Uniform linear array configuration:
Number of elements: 24
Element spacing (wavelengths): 1
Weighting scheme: hann
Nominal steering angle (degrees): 0
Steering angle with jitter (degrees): -1.256
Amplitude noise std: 0.05
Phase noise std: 0.05

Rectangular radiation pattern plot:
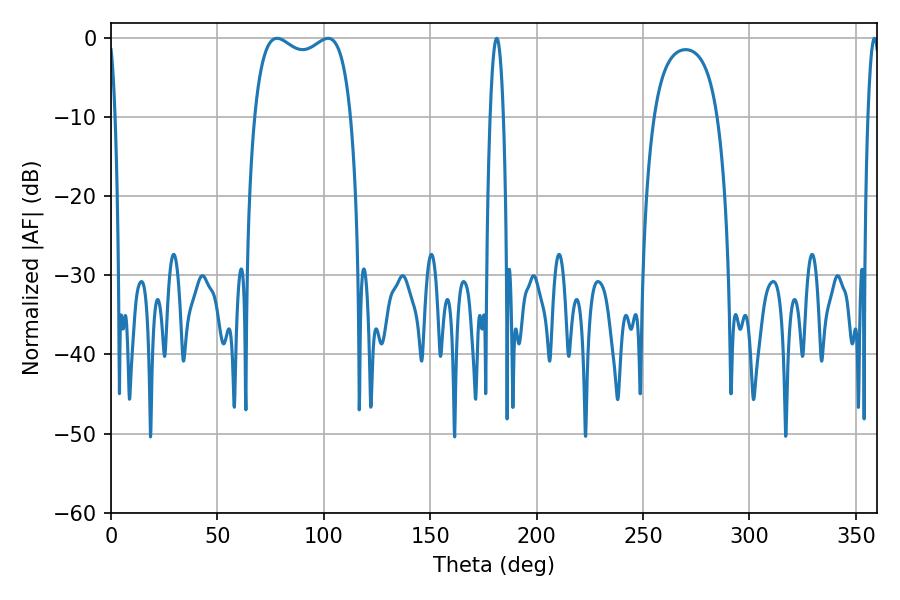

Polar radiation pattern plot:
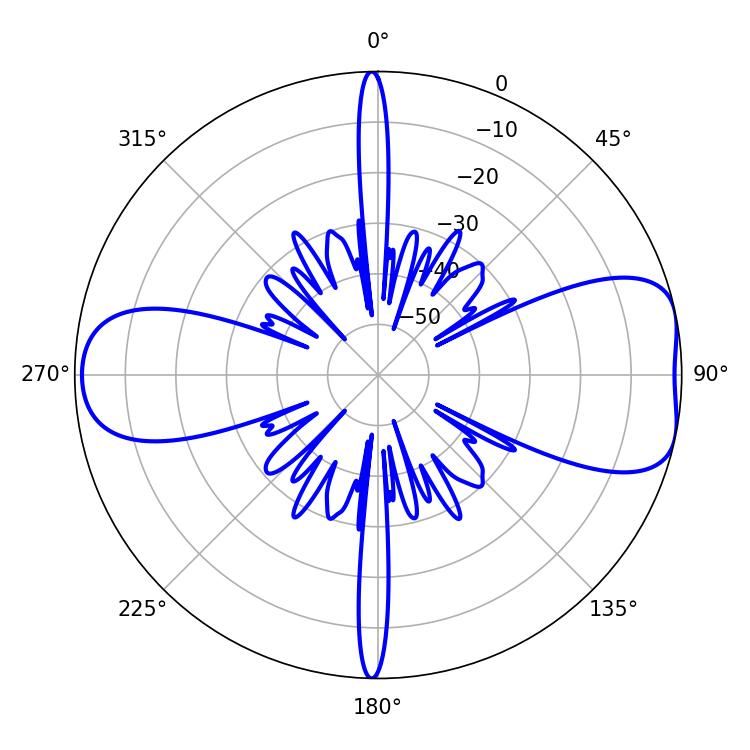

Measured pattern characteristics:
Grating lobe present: TRUE
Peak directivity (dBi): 7.93
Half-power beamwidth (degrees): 2.88
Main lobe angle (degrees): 358.74